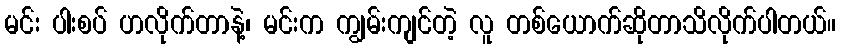
မင်း ပါးစပ် ဟလိုက်တာနဲ့၊ မင်းက ကျွမ်းကျင်တဲ့ လူ တစ်ယောက်ဆိုတာသိလိုက်ပါတယ်။